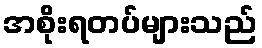
အစိုးရတပ်များသည်